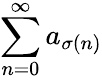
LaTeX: \sum_{n=0}^{\infty}a_{\sigma(n)}